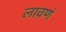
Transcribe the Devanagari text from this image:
लावणं